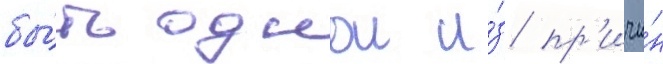
бы́ть однои и́з пр'ичи́н